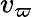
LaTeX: v_{\varpi}